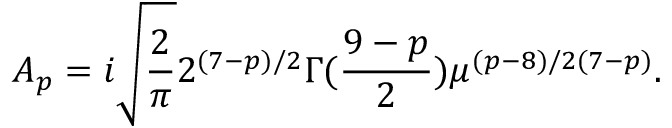
{ \cal A } _ { p } = i \sqrt { \frac { 2 } { \pi } } { 2 ^ { ( 7 - p ) / 2 } } { \Gamma ( \frac { 9 - p } { 2 } ) } \mu ^ { ( p - 8 ) / 2 ( 7 - p ) } .